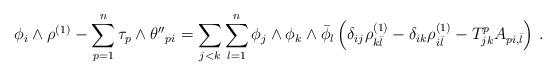
LaTeX: \begin{align*} \phi_i \wedge \rho^{(1)} - \sum_{p=1}^n\tau_p \wedge {\theta ''}_{pi} = \sum_{j<k} \sum_{l=1}^n \phi_j \wedge \phi_k \wedge \bar \phi_l \left( \delta_{ij} \rho^{(1)}_{k\bar l} - \delta_{ik} \rho^{(1)}_{i \bar l} - T^{p}_{jk}A_{pi, \bar l} \right) \, . \end{align*}